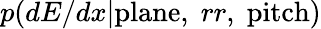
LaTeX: p(dE/dx|\textrm{plane},\; rr,\; \textrm{pitch})